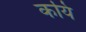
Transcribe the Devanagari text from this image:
कयि